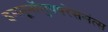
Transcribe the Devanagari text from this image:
इममूनॉसुपपरेससंत्स